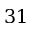
3 1